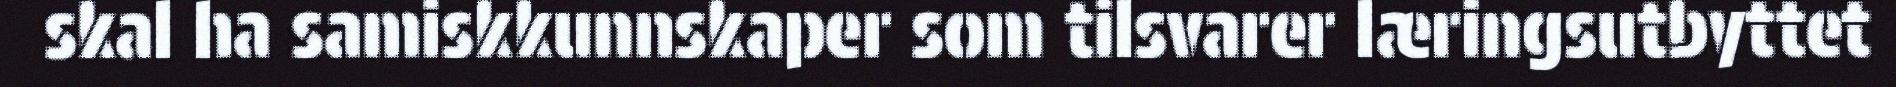
skal ha samiskkunnskaper som tilsvarer læringsutbyttet